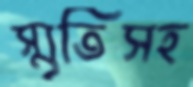
স্মৃতিসহ